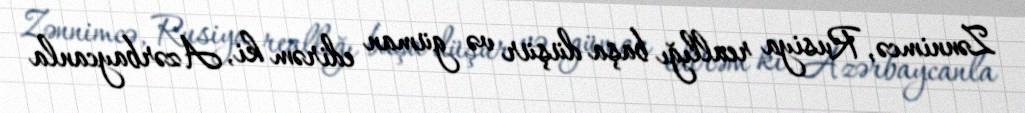
Zənnimcə, Rusiya reallığı başa düşür və güman edirəm ki, Azərbaycanla